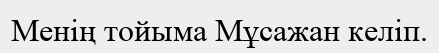
Менің тойыма Мұсажан келіп.